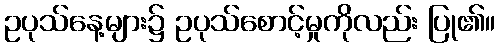
ဥပုသ်နေ့များ၌ ဥပုသ်စောင့်မှုကိုလည်း ပြု၏။